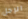
الرجل